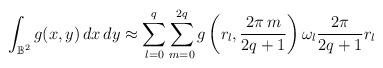
LaTeX: \begin{align*}\int_{\mathbb{B}^{2}}g(x,y)\,dx\,dy\approx\sum_{l=0}^{q}\sum_{m=0}^{2q}g\left( r_{l},\frac{2\pi\,m}{2q+1}\right) \omega_{l}\frac{2\pi}{2q+1}r_{l}\end{align*}